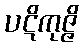
ပဋိကုဇ္ဇိ